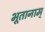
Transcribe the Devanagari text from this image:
भूतानाम्